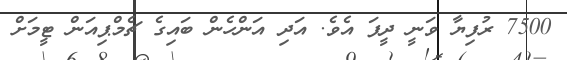
7500 ރުފިޔާ ވަނީ ދީފަ އެވެ. އަދި އަންހެން ބައިގެ ޗެމްޕިއަން ޓީމަށް